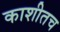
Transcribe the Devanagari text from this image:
काशीतच